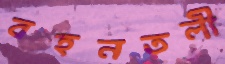
বহনতলী